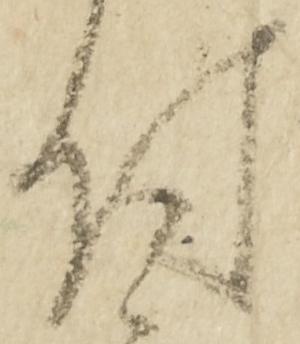
付